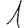
Digit: 1